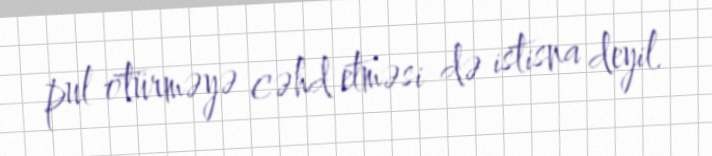
pul ötürməyə cəhd etməsi də istisna deyil.